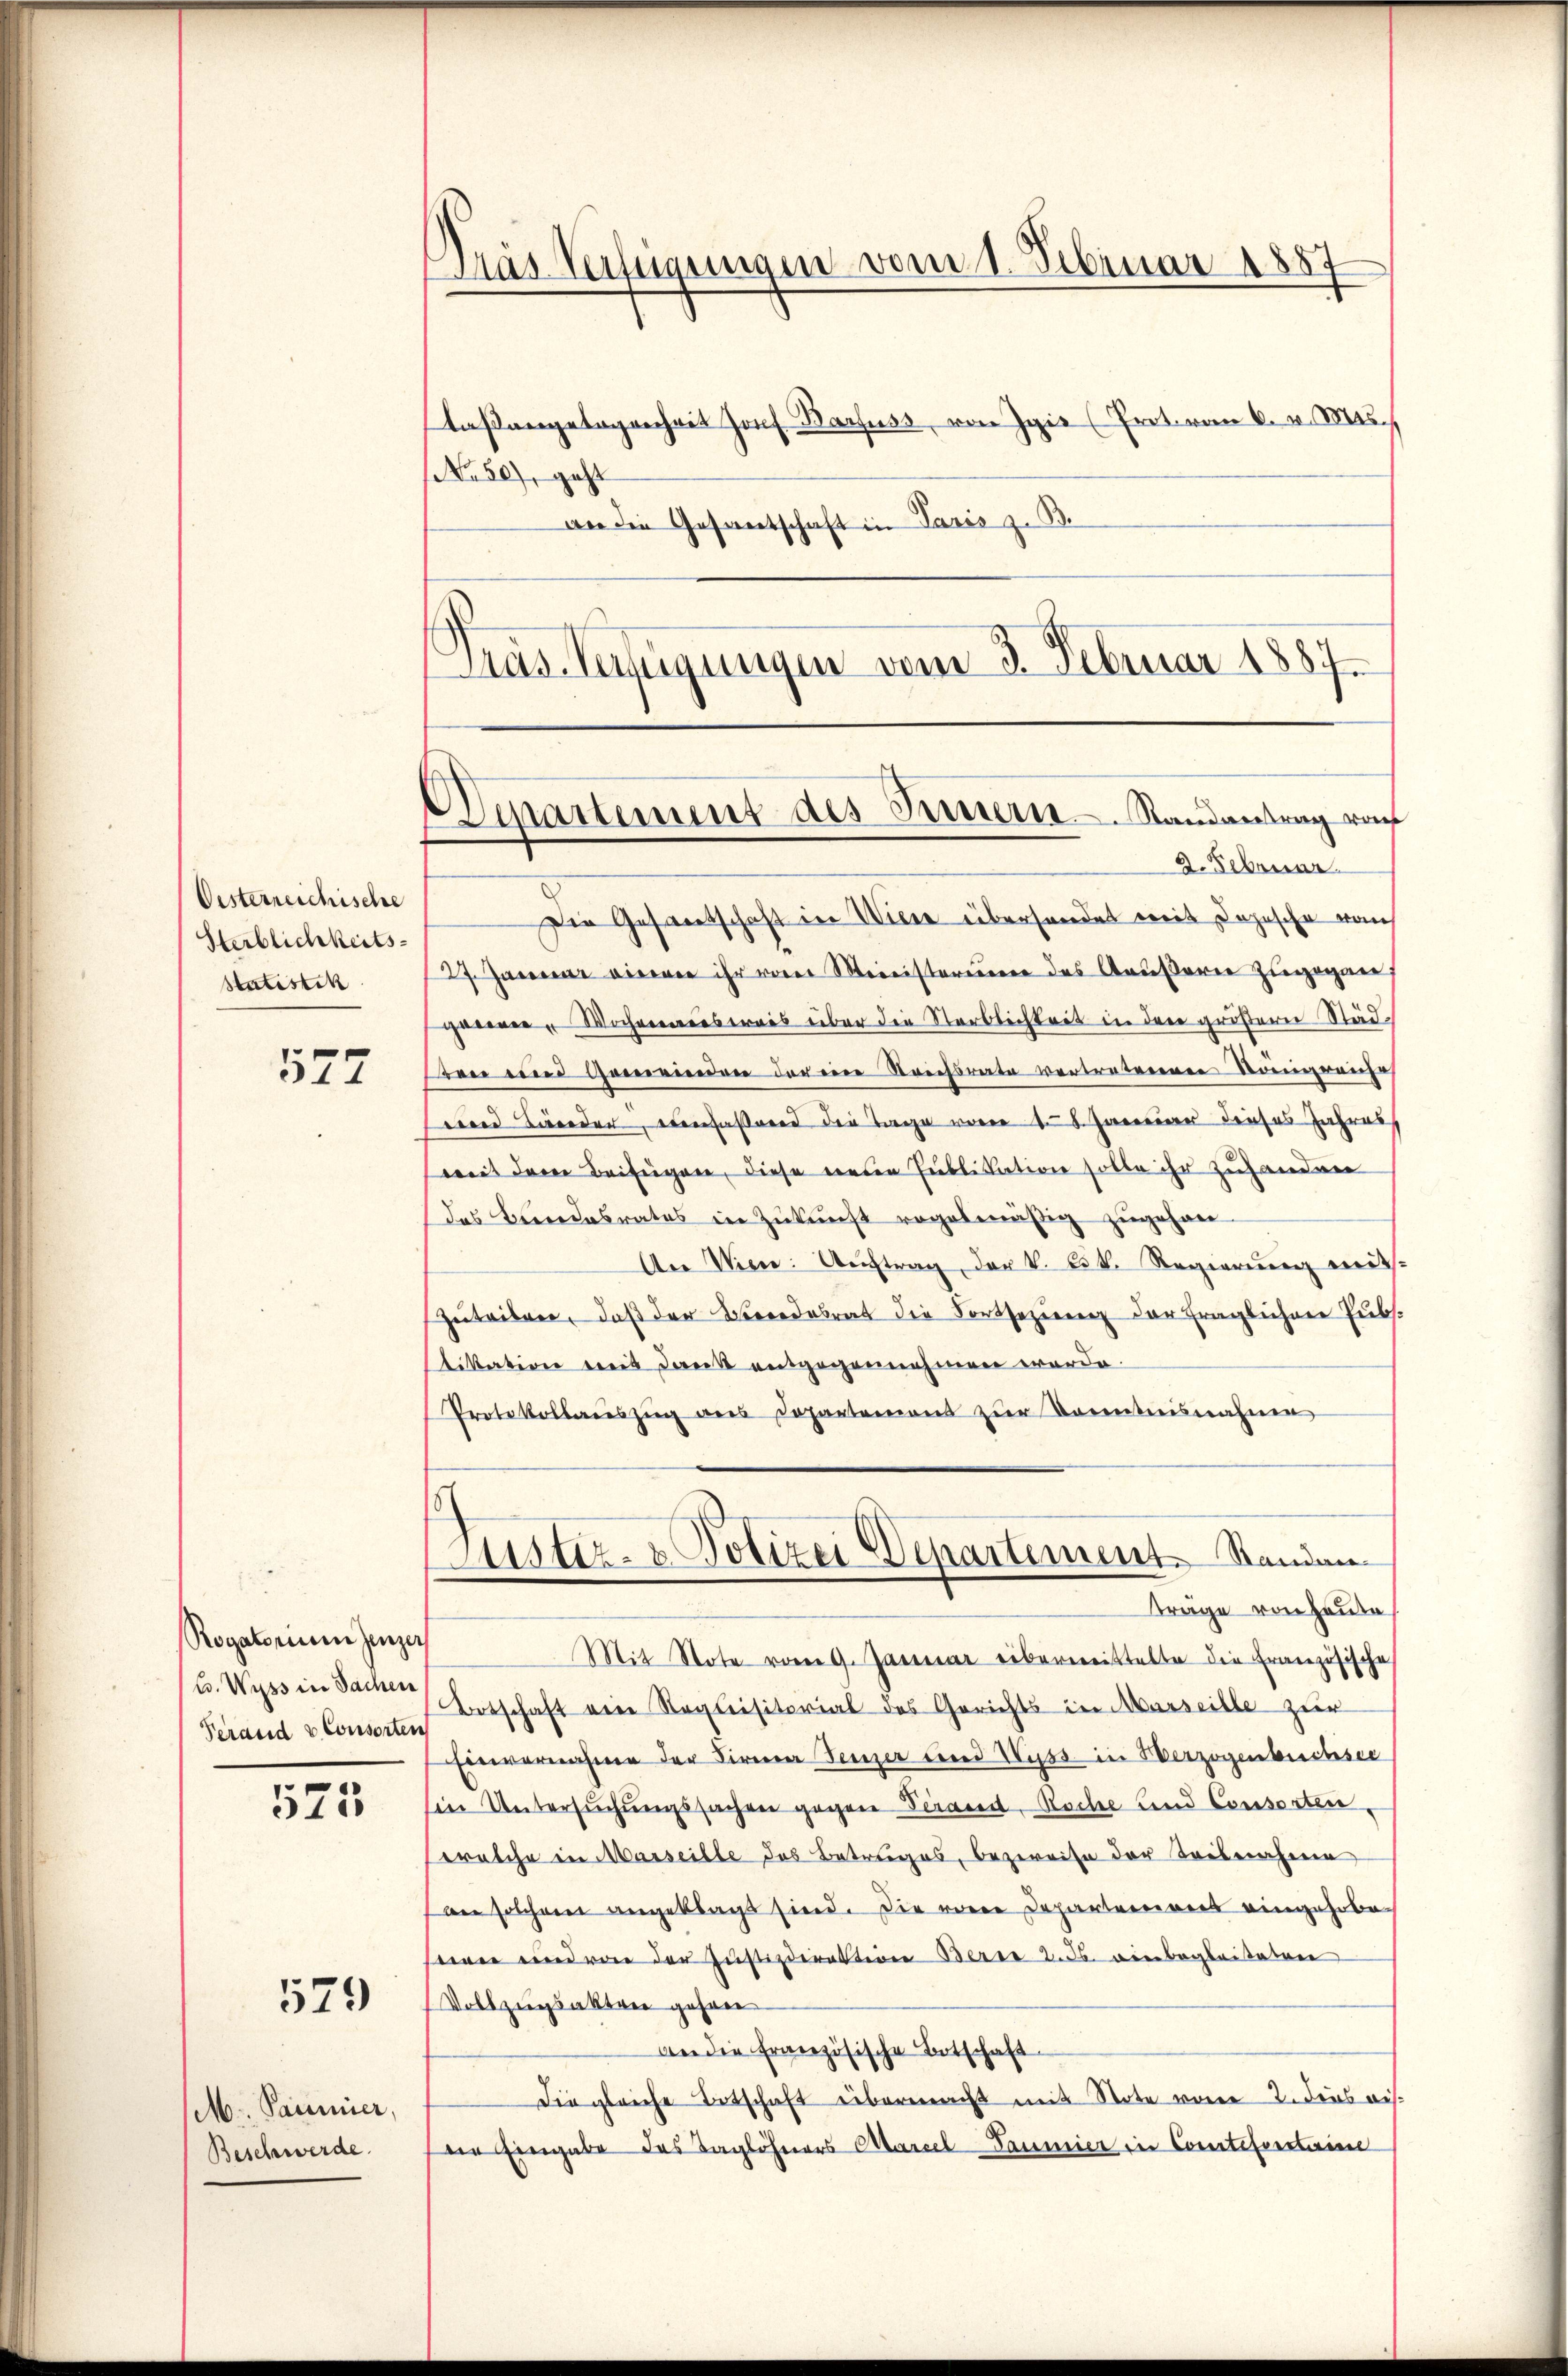
Oesterreichische
Sterblichkeits¬
Statistik

577

Rogatorium senzer
C. Wyss in Sachen
Verand & Consorten

525

579

M. Paumier,
Beschwerde.

Das Verfügungen vom 1. Februar 1887
laßangelegenheit Josef Barfuss, von Igie (Prot. von 6. v. Mts.
No 50), geht

an die Gesantschaft in Paris z. B.
Dras Verfügungen vom 3. Februar 1887.

Departement des Innern Randantrag vo
2. Februar.

Die Gesantschaft in Wiene übersendet mit Dojesche von
27. Janerene vieren ihr vorer Ministerium des Andesaren zuzogaer
gerner Wochenreisweis über die Sterblichkeit in den größerer Städ¬
Bei eines Geserviendree der eine Streitsrate vertreteneren Kongrenze
ed Bänder, einfaßend die Tage von d. 8. Januar dieses Jahres
weit dem Beifügen, diese neuen Publikation solle ihr zuhanderer
das Beendesrates in Zŭkŭnft regelmäßig zŭgehen-
An Wien. Aŭftrag, der k. k. Regierŭng mit¬
Zuteilen, daß der Beredabrat die Fortsezierenz der fraglichen Pubs.
likation weit Dank entgegennahmen werde.
Protokollauszug aus Departement zur Konntnisnahmen
Justiz- & Polizei Departement. Standan
Träge von heute,
Mit Note vom 9. Januar übermittelte die Französische
Botschaft eine Requisitorial des Gerichts in Marseille zur
Einvernahme der Firma Heizer und Huss in Verzogenbuchsee
sin Untersuchungssachen gegen Verand, Roche und Consorten,
welche in Marseille des Betrages, bezweife der Teilnahme
an solchem angeklagt sind. Die eine Departemons eingehobeeeren und von der Justizdirektern Berne 2. ds. einbegleiteten
Vollzugsakten gehen
An die französische Botschaft
Die gleiche Totschaft übermacht mit Note von 2. dies wisdie Eingabe des Taglöhners Marcel Danier in Comtessertaine